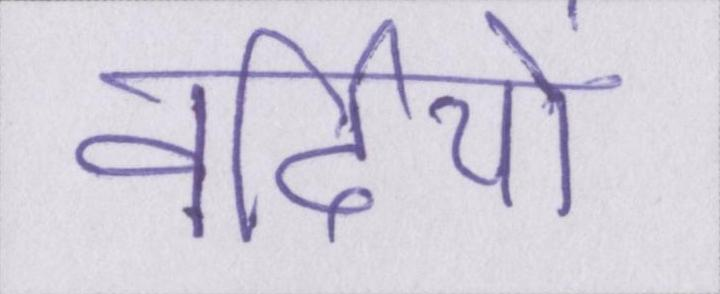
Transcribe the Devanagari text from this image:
वर्दियों